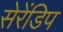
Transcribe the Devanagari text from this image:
सेरेंडिप